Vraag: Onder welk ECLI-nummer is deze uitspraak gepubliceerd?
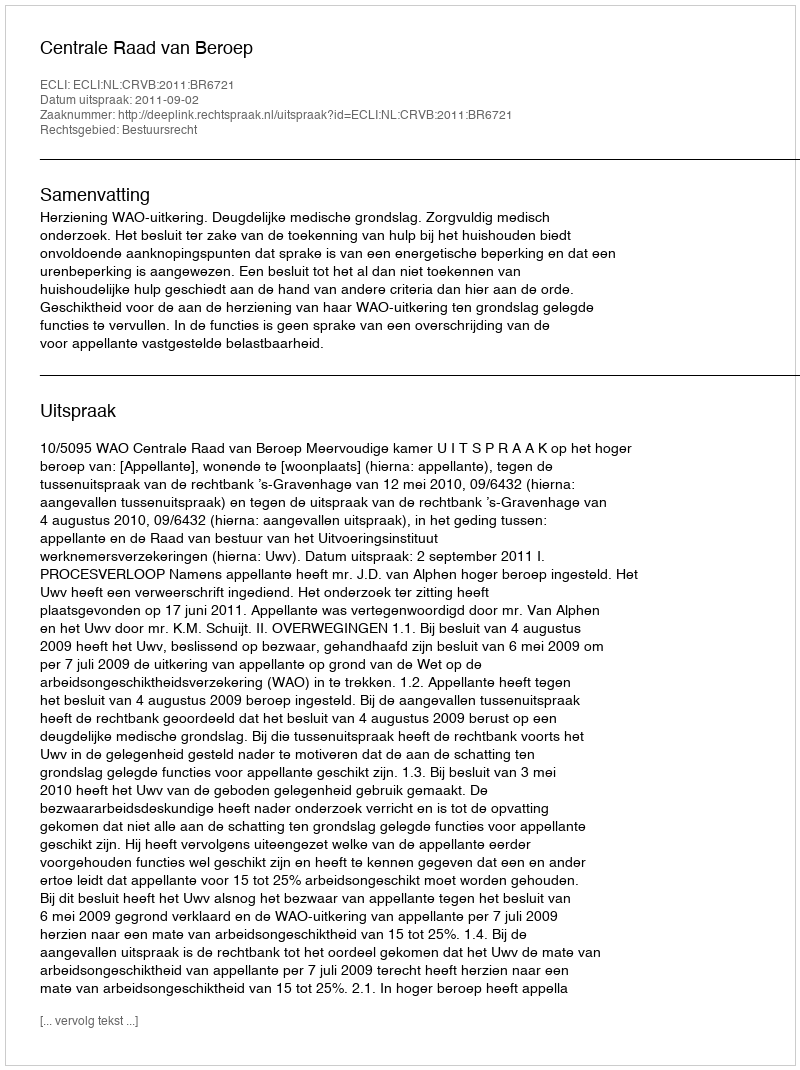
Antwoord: ECLI:NL:CRVB:2011:BR6721